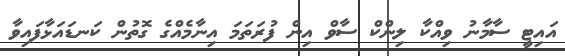
އައިޓީ ސާމާނު ވިއްކާ ލިންކް ސާވް އިން ފުރަތަމަ އިނާމެއްގެ ގޮތުން ކަނޑައަޅާފައިވާ